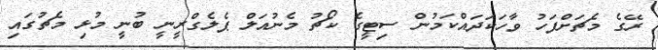
ރޭގެ މެޗަށްފަހު ވާހަކަދައްކަމުން ސިޓީގެ ކޯޗު މެނުއަލް ޕެލެގްރީނީ ބުނީ މުޅި މެޗުގައި